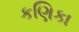
કણિકા